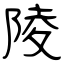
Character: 陵